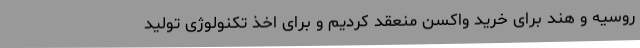
روسیه و هند برای خرید واکسن منعقد کردیم و برای اخذ تکنولوژی‌ تولید